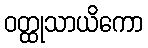
ဝတ္ထုသာယိကော